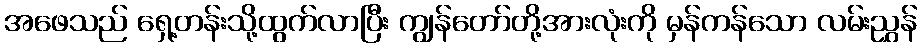
အဖေသည် ရှေ့တန်းသို့ထွက်လာပြီး ကျွန်တော်တို့အားလုံးကို မှန်ကန်သော လမ်းညွှန်